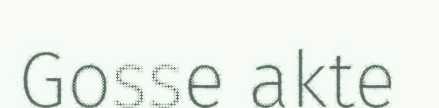
Gosse akte